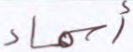
أسماء